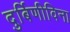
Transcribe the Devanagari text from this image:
दुर्बिणीविना